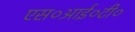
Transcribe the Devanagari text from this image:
एस०आई०टी०